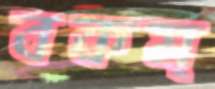
বকম্